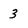
Character: 3